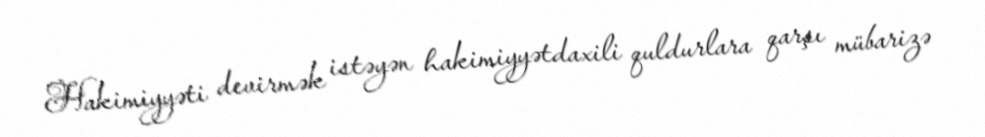
Hakimiyyəti devirmək istəyən hakimiyyətdaxili quldurlara qarşı mübarizə